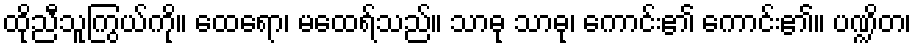
ထိုညီသူကြွယ်ကို။ ထေရော၊ မထေရ်သည်။ သာဓု သာဓု၊ ကောင်း၏ ကောင်း၏။ ပဏ္ဍိတ၊